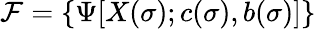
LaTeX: {\cal F}=\{ \Psi[X(\sigma);c(\sigma),b(\sigma)]\}